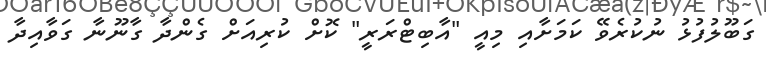
ގަބޫލުފުޅު ނުކުރެވޭ ކަމަށާއި މިއީ "އާބިޓްރަރީ" ކޮށް ކުރިއަށް ގެންދާ ގާނޫނާ ގަވާއިދާ